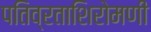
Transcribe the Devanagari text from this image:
पतिव्रताशिरोमणी